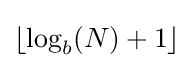
\lfloor \log _{b}(N)+1\rfloor